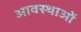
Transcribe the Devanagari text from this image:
आवस्थाओं